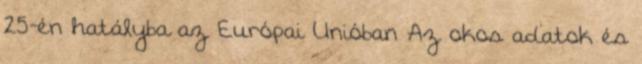
25-én hatályba az Európai Unióban Az okos adatok és